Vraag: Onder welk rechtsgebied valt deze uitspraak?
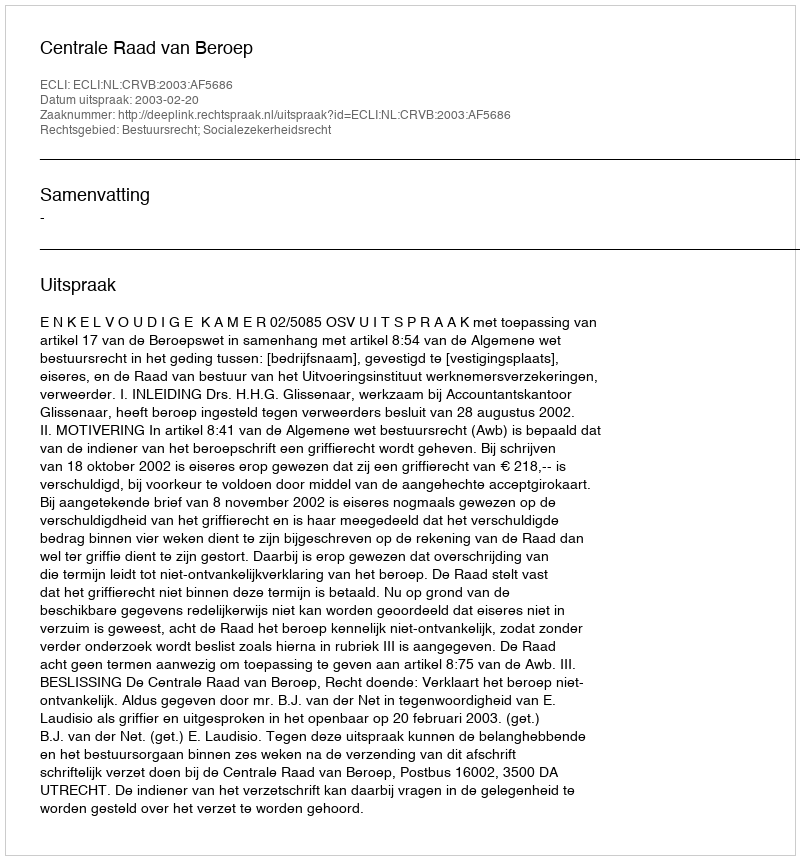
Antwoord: Bestuursrecht; Socialezekerheidsrecht